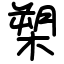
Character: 槊